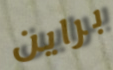
براين